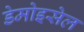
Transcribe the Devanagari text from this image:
डेमोइसेल